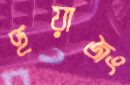
হুয়াজং